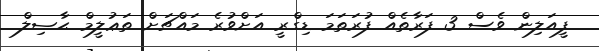
ފީއަލިން ވެސް 3 ފަރާތެއް ފުރަތަމަ ޑިގްރީ އަށްވުރެ މައްޗަށް ތަޢުލީމް ޙާޞިލް